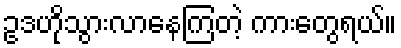
ဥဒဟိုသွားလာနေကြတဲ့ ကားတွေရယ်။